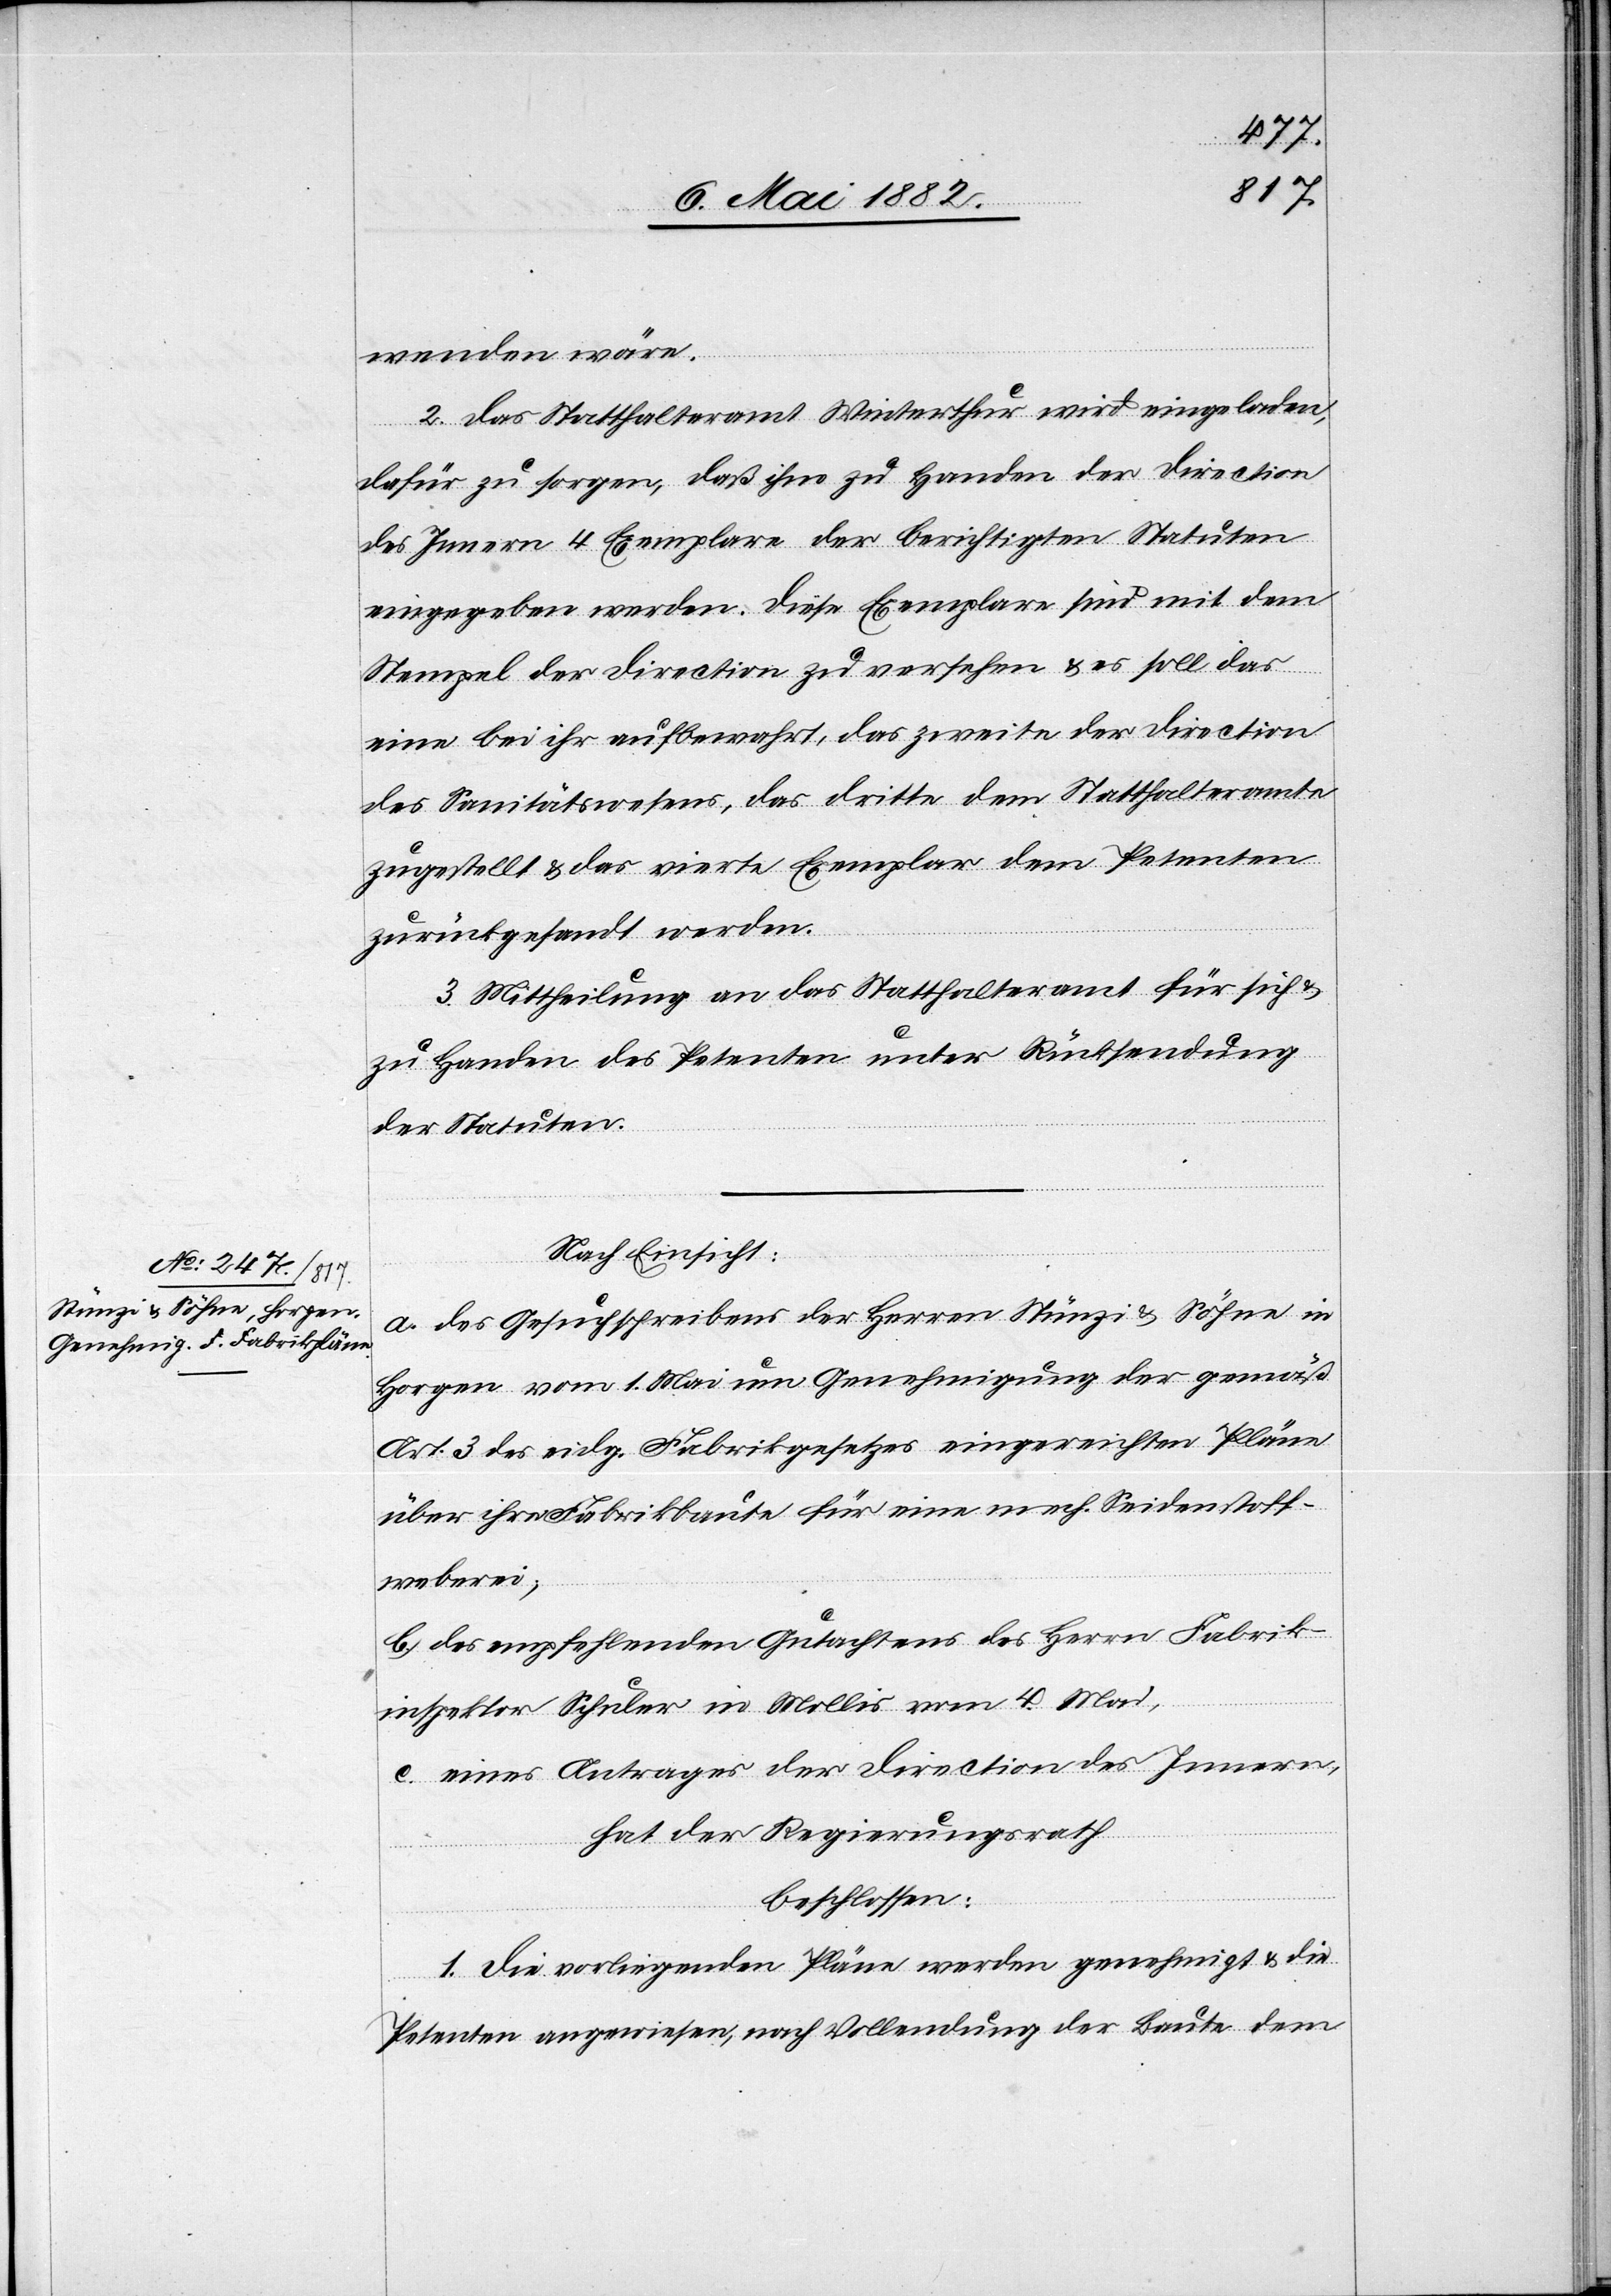
wenden wäre.
2. Das Statthalteramt Winterthur wird eingeladen,
dafür zu sorgen, daß ihm zu Handen der Direction
des Innern 4 Exemplare der berichtigten Statuten
eingegeben werden. Diese Exemplare sind mit dem
Stempel der Direction zu versehen & es soll das
eine bei ihr aufbewahrt, das zweite der Direction
des Sanitätswesens, das dritte dem Statthalteramte
zugestellt & das vierte Exemplar dem Petenten
zurückgesandt werden.
3. Mittheilung an das Statthalteramt für sich &
zu Handen des Petenten unter Rücksendung
der Statuten.
Nach Einsicht:
a. des Gesuchsschreibens der Herren Stünzi & Söhne in
Horgen vom 1. Mai um Genehmigung der gemäß
Art. 3 des eidg. Fabrikgesetzes eingereichten Pläne
über ihre Fabrikbaute für eine mech. Seidenstoff¬
weberei;
b. des empfehlenden Gutachtens des Herrn Fabrik¬
inspektor Schuler in Mollis vom 4. Mai;
c. eines Antrages der Direction des Innern,
hat der Regierungsrath
beschlossen:
1. Die vorliegenden Pläne werden genehmigt & die
Petenten angewiesen, nach Vollendung der Baute dem